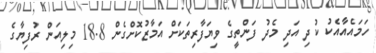
ހަމައެއާއެކު ކުދި އަދި މެދު ފަންތީގެ ވިޔަފާރިތަކަށް އަމާޒުކޮށްގެން 18.8 މިލިއަން ރުފިޔާގެ